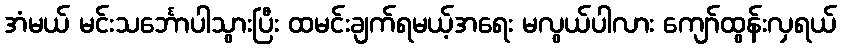
အံမယ် မင်းသင်္ဘောပါသွားပြီး ထမင်းချက်ရမယ့်အရေး မလွယ်ပါလား ကျော်ထွန်းလှရယ်